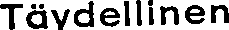
Täydellinen